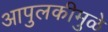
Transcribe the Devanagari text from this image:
आपुलकीमुळे